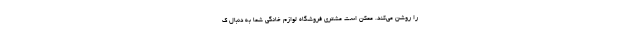
را روشن می‌کند. ممکن است مشتری فروشگاه لوازم خانگی شما به دنبال ک